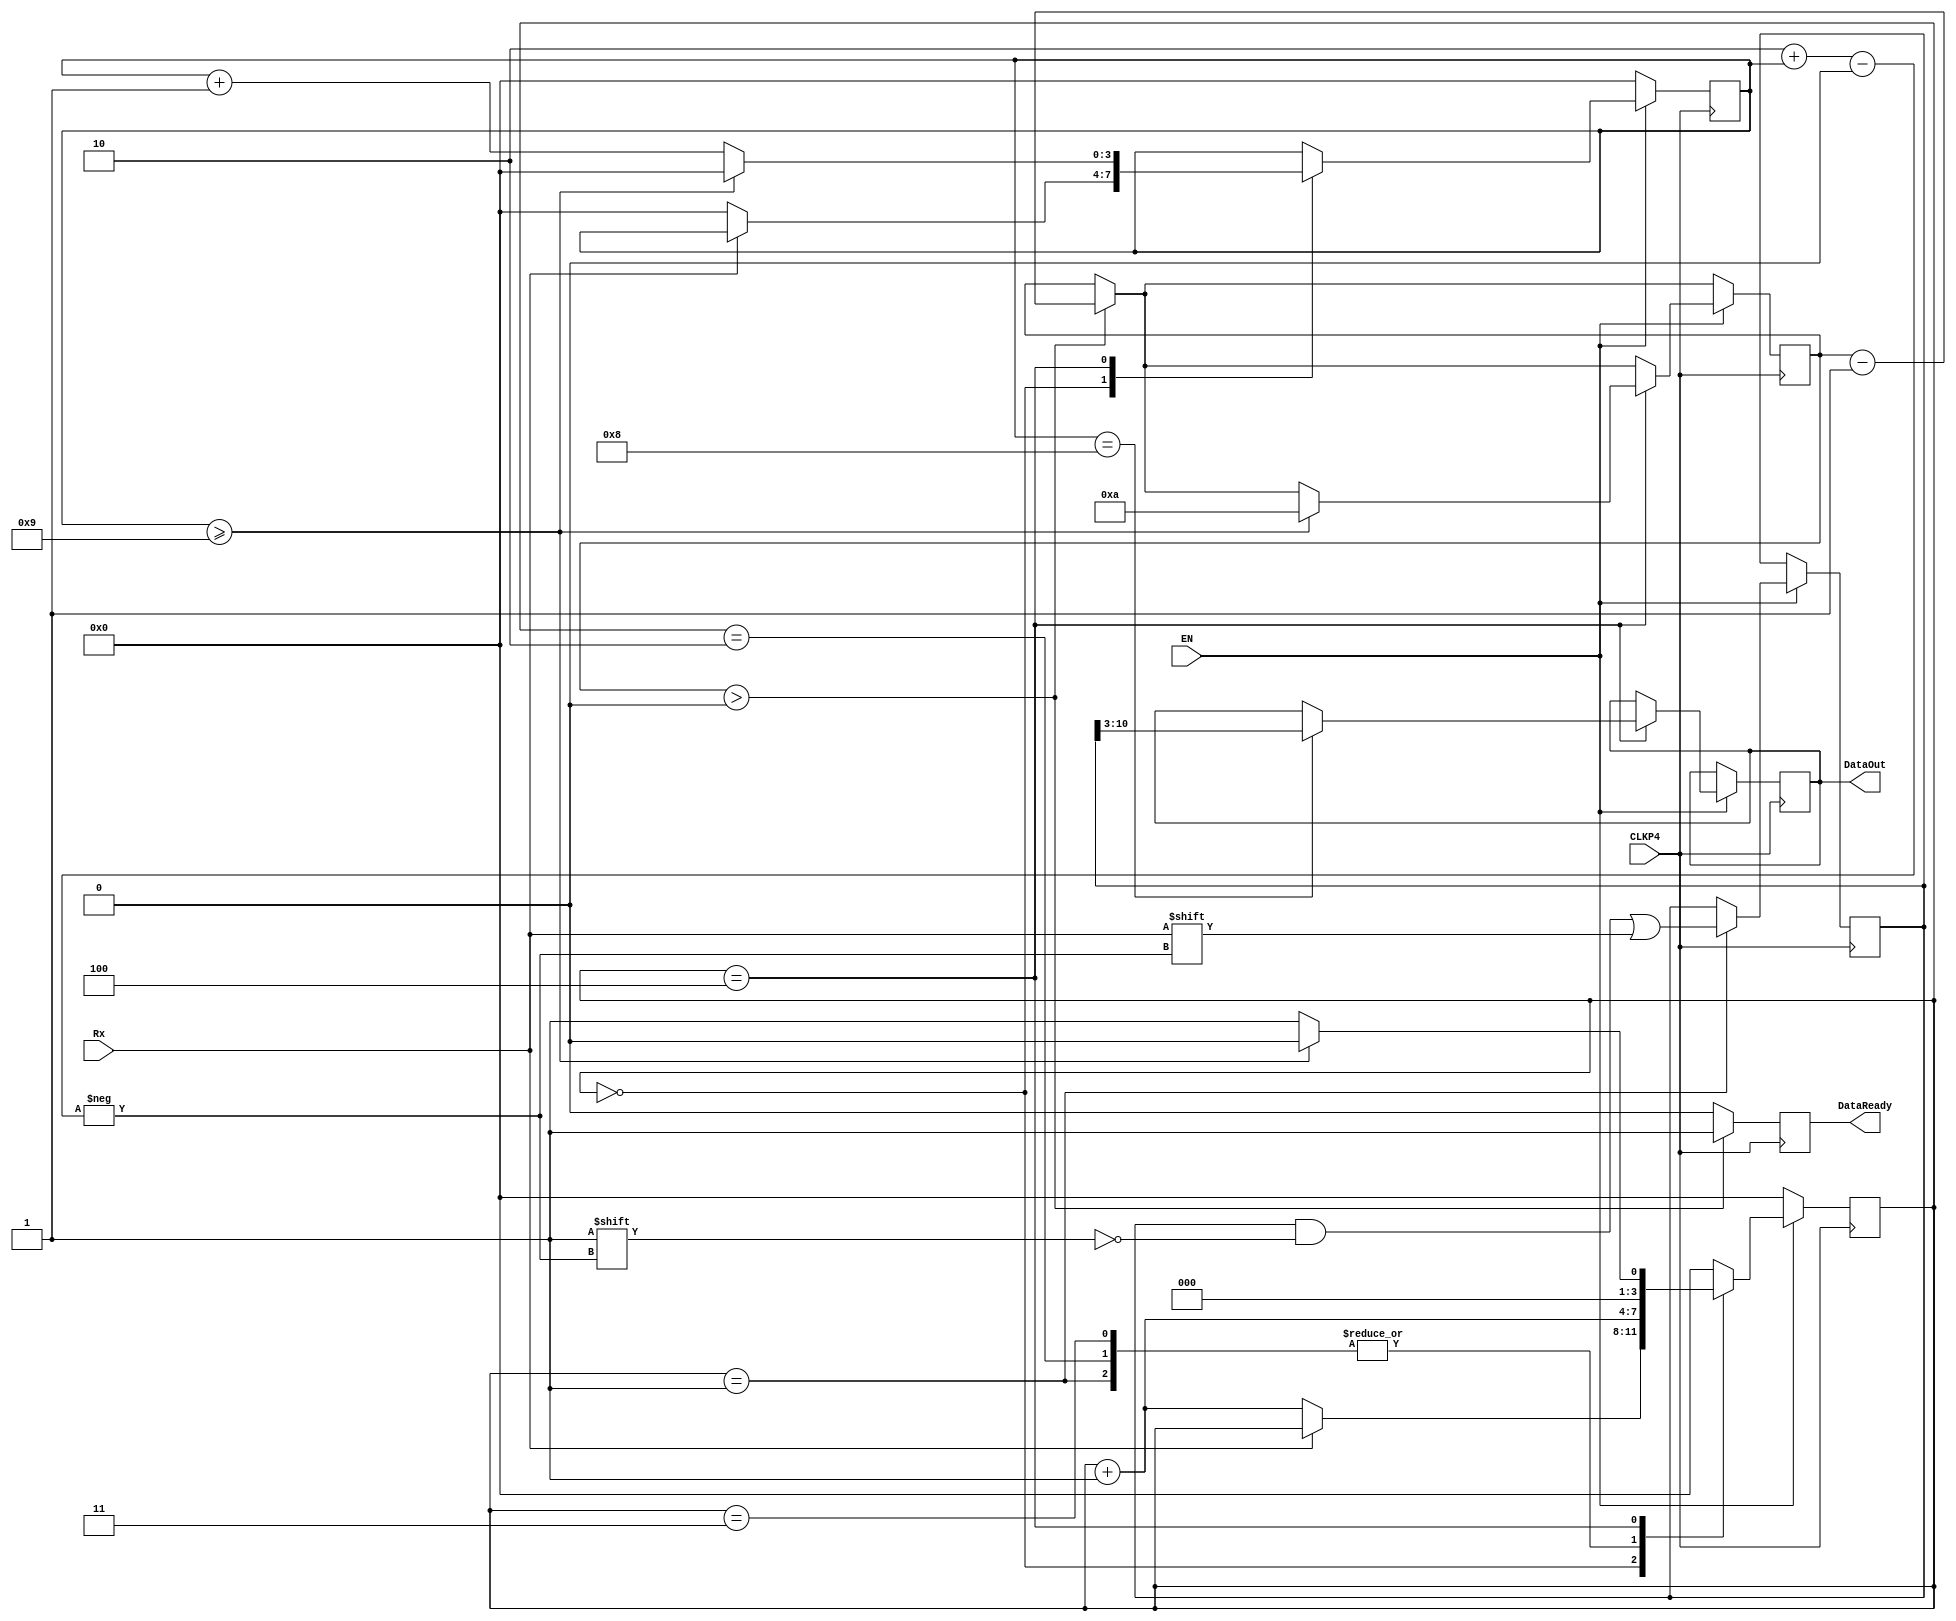
module MyRx(Rx,CLKP4,EN,DataOut,DataReady);
	input Rx;
	input CLKP4;
	input EN;
	
	output reg [7:0] DataOut;
	output reg DataReady;
	
	reg [11:0] Data;
	reg [3:0] ReadyDelay;
	reg [3:0] num;
	reg [3:0] state;
	
	always @(posedge CLKP4) begin
		if(ReadyDelay>0)begin
			DataReady=1;
			ReadyDelay=ReadyDelay-1;
		end else begin
			DataReady=0;
		end
		if(EN)begin
			case(state)
				0:begin
					if(Rx==0)begin
						state=state+1;
						num=0;
					end
				end
				1:begin
					state=state+1;
					Data[2+num]=Rx;
				end
				2:begin
					state=state+1;
				end
				3:begin
					state=state+1;
				end
				4:begin
					if(num==8)begin
						DataOut=Data>>3;
					end
					if(num>=9)begin
						ReadyDelay=10;
						state=0;
						num=0;
					end else begin
						state=1;
						num=num+1;
					end
				end
				default:begin
					state=0;
				end
			endcase 
		end else begin
			state=0;
			num=0;
		end
	end
	

endmodule